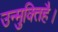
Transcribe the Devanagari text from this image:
उन्मुक्तिहै।